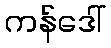
ကန်ဒေါ်